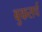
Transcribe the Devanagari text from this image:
बुकसर्च